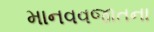
માનવવજાતના